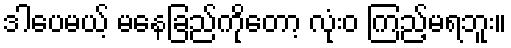
ဒါပေမယ့် မနေခြည်ကိုတော့ လုံးဝ ကြည့်မရဘူး။